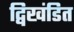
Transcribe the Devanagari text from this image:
द्विखंडित